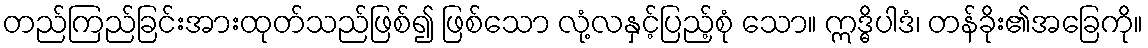
တည်ကြည်ခြင်းအားထုတ်သည်ဖြစ်၍ ဖြစ်သော လုံ့လနှင့်ပြည့်စုံ သော။ ဣဒ္ဓိပါဒံ၊ တန်ခိုး၏အခြေကို။